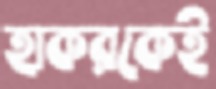
হাকরকেই